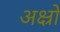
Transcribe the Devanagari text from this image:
अक्ष्रों